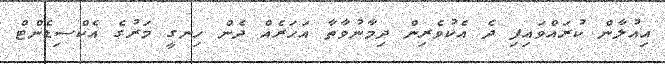
އިއުލާން ކުރައްވައިފި ދެ އެކުވެރިން ދިމާނުވާތާ އަހަރެއް ދެން ހިނގީ މަރުގެ އެކްސިޑެންޓް